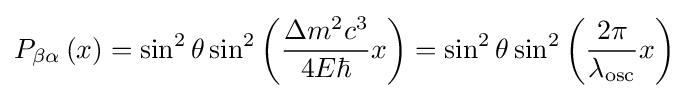
P_{\beta \alpha }\left(x\right)=\sin ^{2}\theta \sin ^{2}\left({\frac {\Delta m^{2}c^{3}}{4E\hbar }}x\right)=\sin ^{2}\theta \sin ^{2}\left({\frac {2\pi }{\lambda _{\text{osc}}}}x\right)